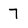
Character: 7